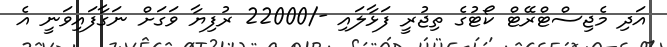
އަދި މެޖިސްޓްރޭޓް ކޯޓުގެ ތިޖުރީ ފަޅާލައި -/22000 ރުފިޔާ ވަގަށް ނަގާފައިވަނީ އެ